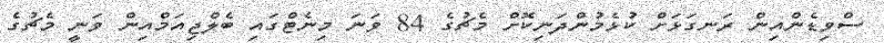
ސްވިޑެންއިން ރަނގަޅަށް ކުޅެމުންދަނިކޮށް މެޗުގެ 84 ވަނަ މިނެޓްގައި ބެލްޖިއަމްއިން ވަނީ މެޗުގެ